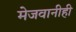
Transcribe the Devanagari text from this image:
मेजवानीही